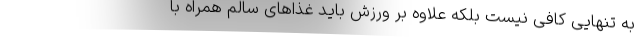
به تنهایی کافی نیست بلکه علاوه بر ورزش باید غذاهای سالم همراه با